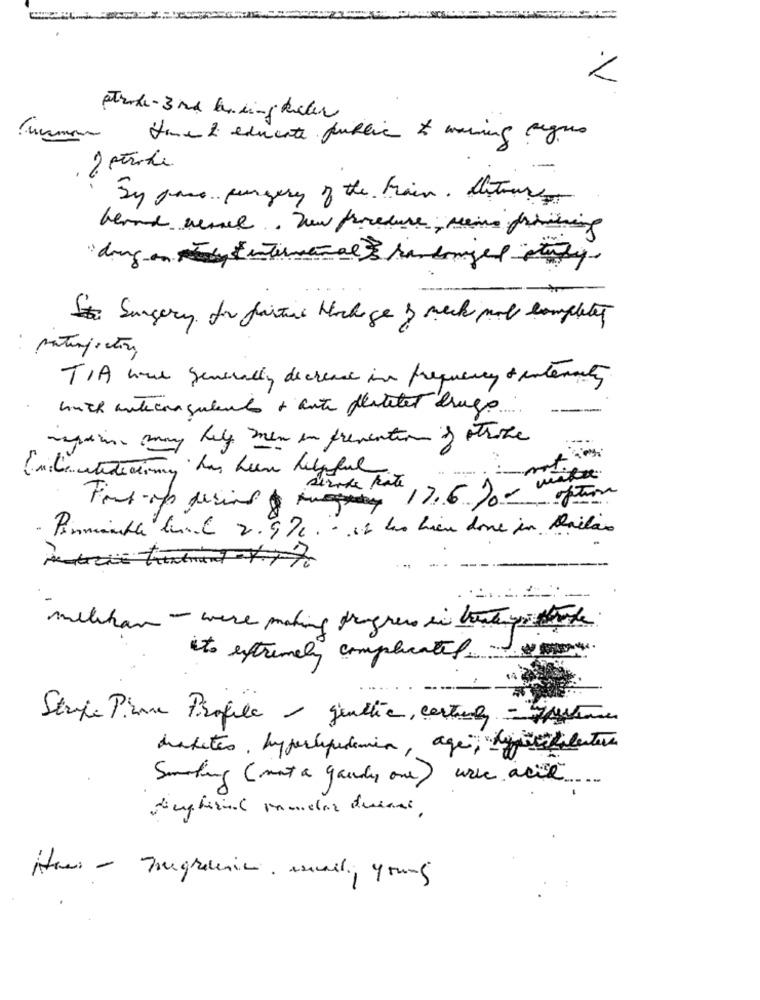
.V
atrak-3rd being Licher
Home & educate public & warning segue
.-
bypass surgery of the brain. there
" ding on they centerwanal Is randomized study.
Sta Surgery for faitil Hocha ge & weck pot completely
TIA have generally decrease in frequency & internally
huch anteconsulent + anti platelet drugs.
regning may help men in prevention of stroke
stroke Rate
·Font-on using 17.60- option
· Pimenta hund 2.9 70. . it was hien done in Dallas
millikan -were making progress in thetemps thetrade
to extremely complicated.
Stripe Pire Profile / gentle, certainly = "pestenes
dakites, hyperlipidemia, age, dieskalentere
Smoking ( mont a gaudy one) wie acid
Have - migraine, sal, yourg